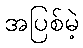
အပြစ်မဲ့